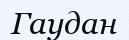
Гаудан